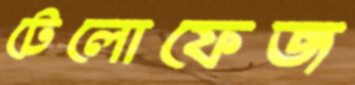
টেলোফেজ